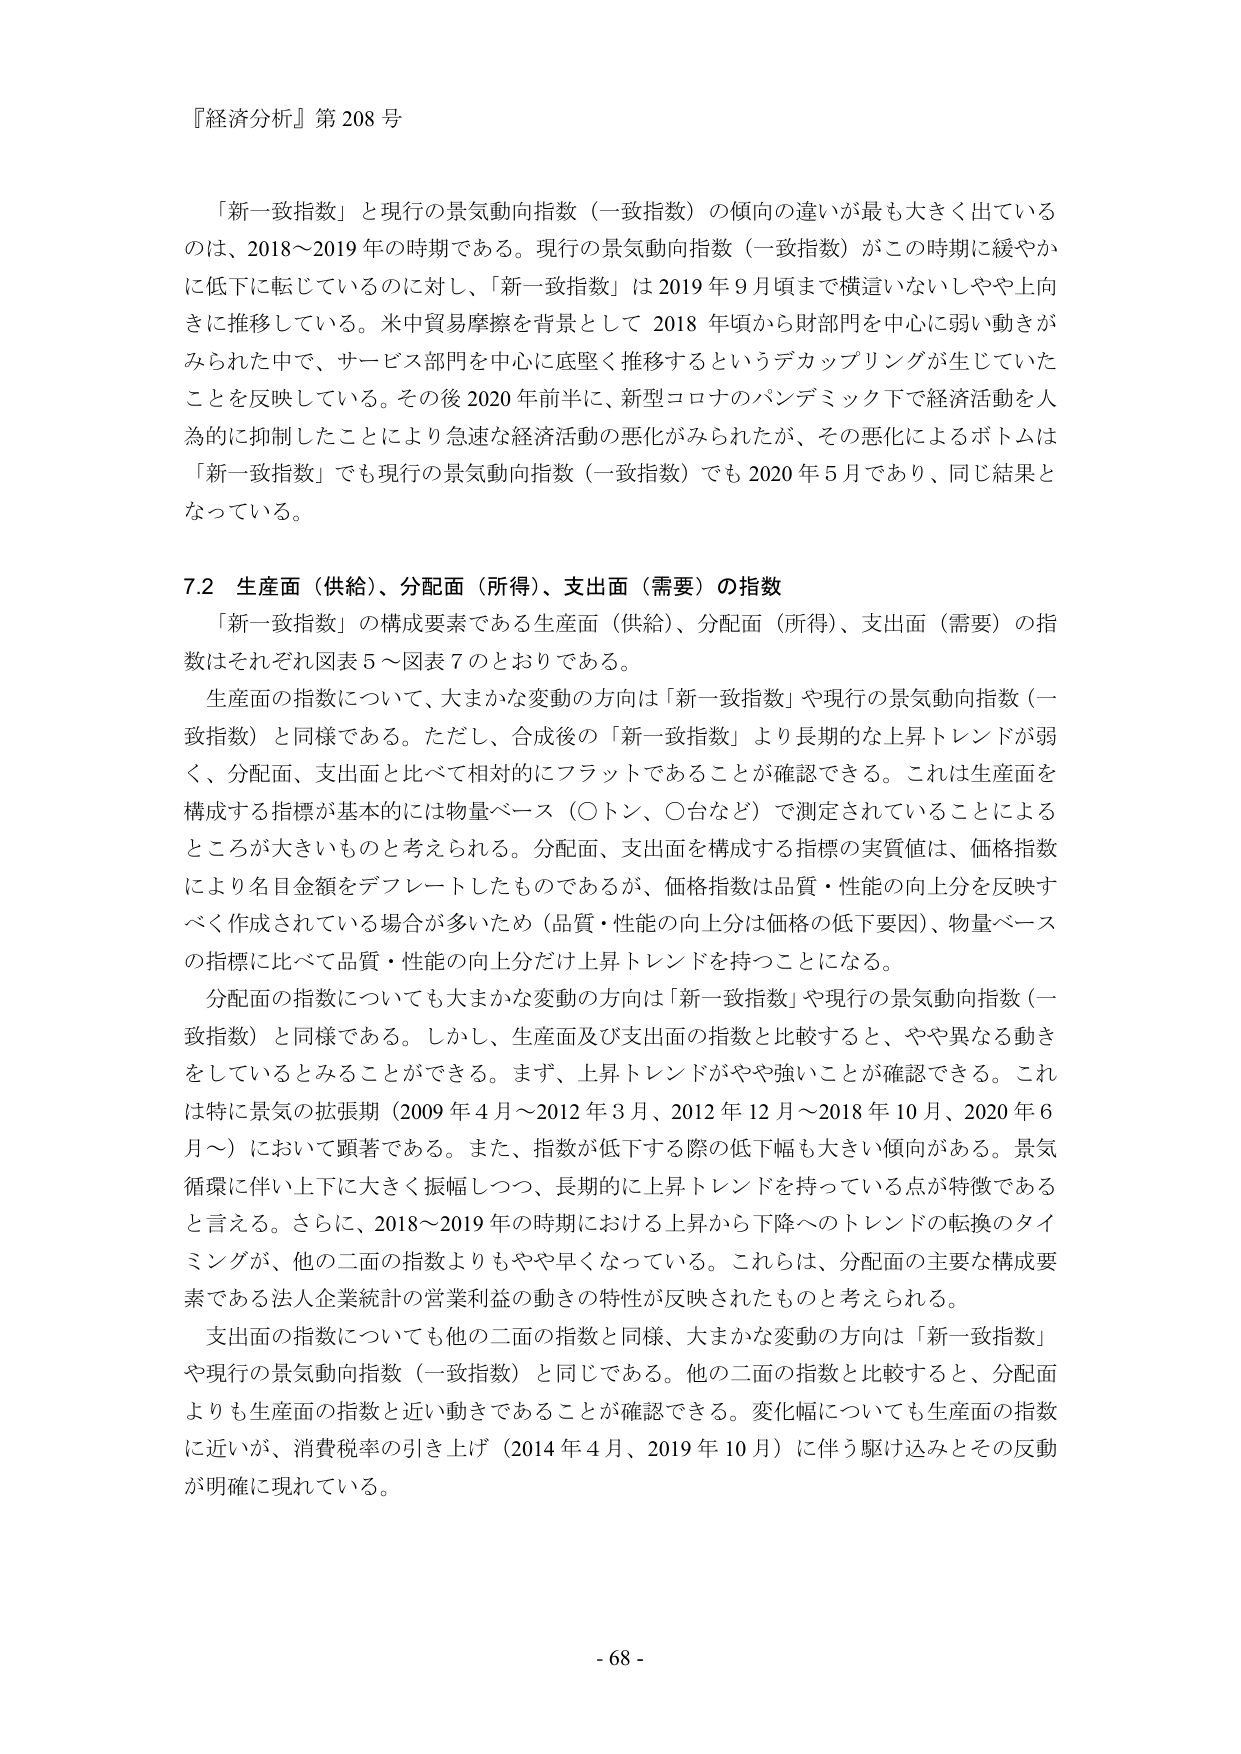
『経済分析』第208号

「新一致指数」と現行の景気動向指数（一致指数）の傾向の違いが最も大きく出ているのは、2018～2019年の時期である。現行の景気動向指数（一致指数）がこの時期に緩やかに低下に転じているのに対し、「新一致指数」は2019年9月頃まで横這いないしやや上向きに推移している。米中貿易摩擦を背景として2018年頃から財部門を中心に弱い動きがみられた中で、サービス部門を中心に底堅く推移するというデカップリングが生じていたことを反映している。その後2020年前半に、新型コロナのパンデミック下で経済活動を人為的に抑制したことにより急速な経済活動の悪化がみられたが、その悪化によるボトムは「新一致指数」でも現行の景気動向指数（一致指数）でも2020年5月であり、同じ結果となっている。

7.2 生産面（供給）、分配面（所得）、支出面（需要）の指数

「新一致指数」の構成要素である生産面（供給）、分配面（所得）、支出面（需要）の指数はそれぞれ図表5～図表7のとおりである。

生産面の指数について、大まかな変動の方向は「新一致指数」や現行の景気動向指数（一致指数）と同様である。ただし、合成後の「新一致指数」より長期的な上昇トレンドが弱く、分配面、支出面と比べて相対的にフラットであることが確認できる。これは生産面を構成する指標が基本的には物量ベース（○トン、○台など）で測定されていることによるところが大きいものと考えられる。分配面、支出面を構成する指標の実質値は、価格指数により名目金額をデフレートしたものであるが、価格指数は品質・性能の向上分を反映すべく作成されている場合が多いため（品質・性能の向上分は価格の低下要因）、物量ベースの指標に比べて品質・性能の向上分だけ上昇トレンドを持つことになる。

分配面の指数についても大まかな変動の方向は「新一致指数」や現行の景気動向指数（一致指数）と同様である。しかし、生産面及び支出面の指数と比較すると、やや異なる動きをしているとみることができる。まず、上昇トレンドがやや強いことが確認できる。これは特に景気の拡張期（2009年4月～2012年3月、2012年12月～2018年10月、2020年6月～）において顕著である。また、指数が低下する際の低下幅も大きい傾向がある。景気循環に伴い上下に大きく振幅しつつ、長期的に上昇トレンドを持っている点が特徴であると言える。さらに、2018～2019年の時期における上昇から下降へのトレンドの転換のタイミングが、他の二面の指数よりもやや早くなっている。これらは、分配面の主要な構成要素である法人企業統計の営業利益の動きの特性が反映されたものと考えられる。

支出面の指数についても他の二面の指数と同様、大まかな変動の方向は「新一致指数」や現行の景気動向指数（一致指数）と同じである。他の二面の指数と比較すると、分配面よりも生産面の指数と近い動きであることが確認できる。変化幅についても生産面の指数に近いが、消費税率の引き上げ（2014年4月、2019年10月）に伴う駆け込みとその反動が明確に現れている。

- 68 -